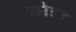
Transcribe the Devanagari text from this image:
छ़ोडा